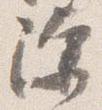
除